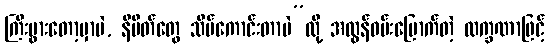
ကြီးပွားတော့မှာပဲ, နိမိတ်တွေ သိပ်ကောင်းတာပဲ”လို့ အလွန်ဝမ်းမြောက်တဲ့ လက္ခဏာဖြင့်